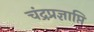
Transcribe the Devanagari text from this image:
चंद्रप्रज्ञाप्ति